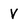
Character: v